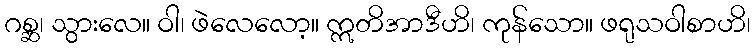
ဂစ္ဆ၊ သွားလေ။ ဝါ၊ ဖဲလေလော့။ ဣတိအာဒီဟိ၊ ကုန်သော။ ဖရုသဝါစာဟိ၊